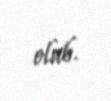
olub.